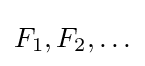
F_{1},F_{2},\ldots